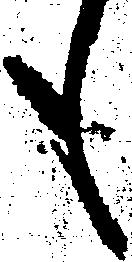
も